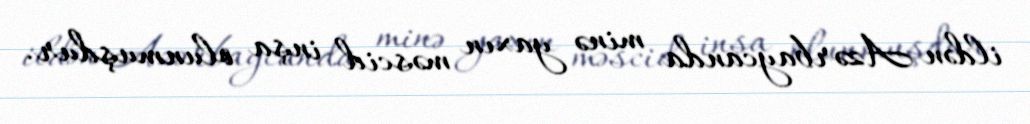
ildən Azərbaycanda minə yaxın məscid inşa olunmuşdur.